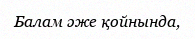
Балам әже қойнында,